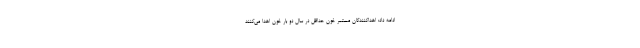
ادامه داد: اهداکنندگان مستمر خون حداقل در سال دو بار خون اهدا می‌کنند